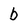
Character: b